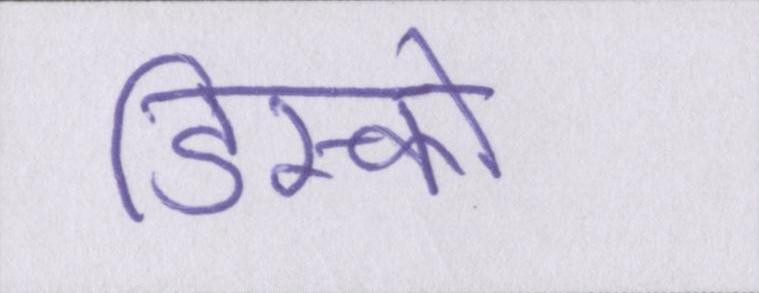
डिस्कों